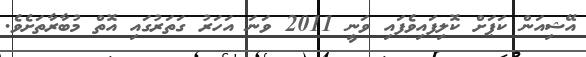
އޭޝިއަން ކަޕަށް ކޮލިފައިވެފައި ވަނީ 2011 ވަނަ އަހަރު ގަތަރުގައި އޮތް މުބާރާތަށެވެ.